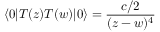
\langle 0 | T ( z ) T ( w ) | 0 \rangle = \frac { c / 2 } { ( z - w ) ^ { 4 } }